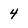
Character: 4